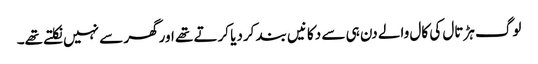
لوگ ہڑتال کی کال والے دن ہی سے دکانیں بند کردیا کرتے تھے اورگھر سے نہیں نکلتے تھے۔